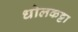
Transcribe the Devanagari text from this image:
धोलकट्टा